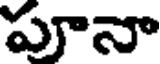
పూనా